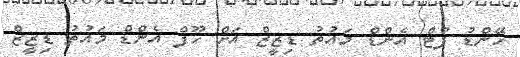
ހޭންޑު ފުޓް އެންޑް މައުތު ޑިޒީޒް އަށް ހޫފް އެންޑް މައުތު ޑިޒީޒް